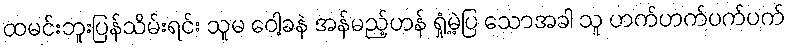
ထမင်းဘူးပြန်သိမ်းရင်း သူမ ဝေါ့ခနဲ အန်မည့်ဟန် ရှုံ့မဲ့ပြ သောအခါ သူ ဟက်ဟက်ပက်ပက်